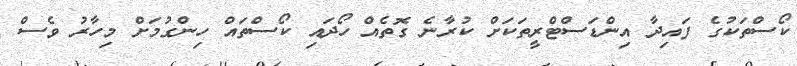
ކޯސްތަކުގެ ފައިދާ އިންޑަސްޓްރީތަކަށް ކުރާނެ ގޮތެއް ހޯދައި ކޯސްތައް ހިންގުމަށް މިހާރު ވެސް